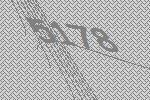
5178